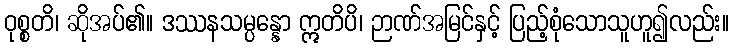
ဝုစ္စတိ၊ ဆိုအပ်၏။ ဒဿနသမ္ပန္နော ဣတိပိ၊ ဉာဏ်အမြင်နှင့် ပြည့်စုံသောသူဟူ၍လည်း။